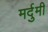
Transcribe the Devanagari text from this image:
मर्दुमी